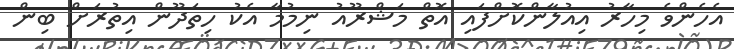
އެހެންވެ މިހާރު އިއުލާންކޮށްފައި އޮތް މަޝްރޫއު ނިމުމާ އެކު ހިތަދޫން އިތުރަށް ބިން